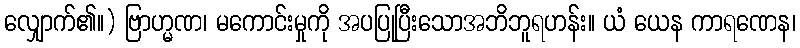
လျှောက်၏။) ဗြာဟ္မဏ၊ မကောင်းမှုကို အပပြုပြီးသောအဘိဘူရဟန်း။ ယံ ယေန ကာရဏေန၊